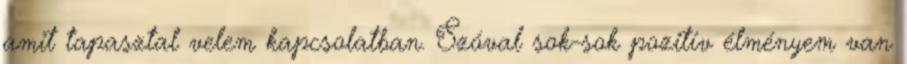
amit tapasztal velem kapcsolatban. Szóval sok-sok pozitív élményem van